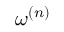
\omega ^ { ( n ) }